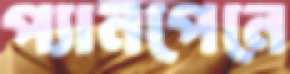
প্যানপেনে